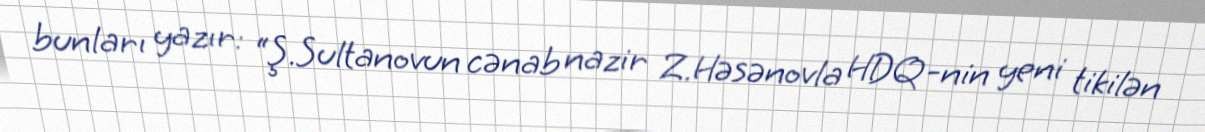
bunları yazır: “Ş.Sultanovun cənab nazir Z.Həsənovla HDQ-nin yeni tikilən